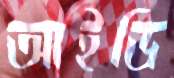
আইডি